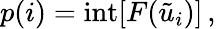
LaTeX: p(i)=\mathrm{int}[F(\tilde{u}_{i})]\, ,